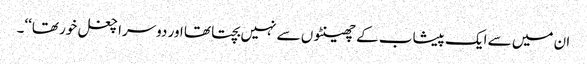
ان میں سے ایک پیشاب کے چھینٹوں سے نہیں بچتا تھا اور دوسرا چغل خور تھا‘‘۔